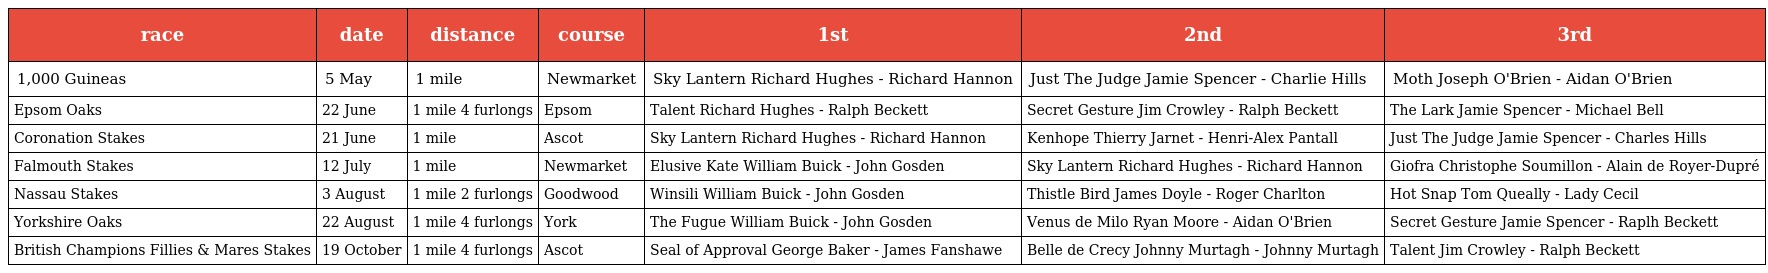
| race | date | distance | course | 1st | 2nd | 3rd |
 | --- | --- | --- | --- | --- | --- | --- |
 | 1,000 Guineas | 5 May | 1 mile | Newmarket | Sky Lantern Richard Hughes - Richard Hannon | Just The Judge Jamie Spencer - Charlie Hills | Moth Joseph O'Brien - Aidan O'Brien |
 | Epsom Oaks | 22 June | 1 mile 4 furlongs | Epsom | Talent Richard Hughes - Ralph Beckett | Secret Gesture Jim Crowley - Ralph Beckett | The Lark Jamie Spencer - Michael Bell |
 | Coronation Stakes | 21 June | 1 mile | Ascot | Sky Lantern Richard Hughes - Richard Hannon | Kenhope Thierry Jarnet - Henri-Alex Pantall | Just The Judge Jamie Spencer - Charles Hills |
 | Falmouth Stakes | 12 July | 1 mile | Newmarket | Elusive Kate William Buick - John Gosden | Sky Lantern Richard Hughes - Richard Hannon | Giofra Christophe Soumillon - Alain de Royer-Dupré |
 | Nassau Stakes | 3 August | 1 mile 2 furlongs | Goodwood | Winsili William Buick - John Gosden | Thistle Bird James Doyle - Roger Charlton | Hot Snap Tom Queally - Lady Cecil |
 | Yorkshire Oaks | 22 August | 1 mile 4 furlongs | York | The Fugue William Buick - John Gosden | Venus de Milo Ryan Moore - Aidan O'Brien | Secret Gesture Jamie Spencer - Raplh Beckett |
 | British Champions Fillies & Mares Stakes | 19 October | 1 mile 4 furlongs | Ascot | Seal of Approval George Baker - James Fanshawe | Belle de Crecy Johnny Murtagh - Johnny Murtagh | Talent Jim Crowley - Ralph Beckett |